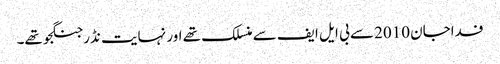
فداجان 2010 سے بی ایل ایف سے منسلک تھے اور نہایت نڈر جنگجو تھے۔